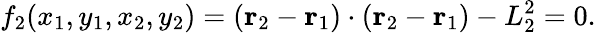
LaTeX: f_{2}(x_{1},y_{1},x_{2},y_{2})=(\mathbf{r}_{2}-\mathbf{r}_{1})\cdot(\mathbf{r}_{2}-\mathbf{r}_{1})-L_{2}^{2}=0.